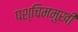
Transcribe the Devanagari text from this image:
पश्चिममुखी